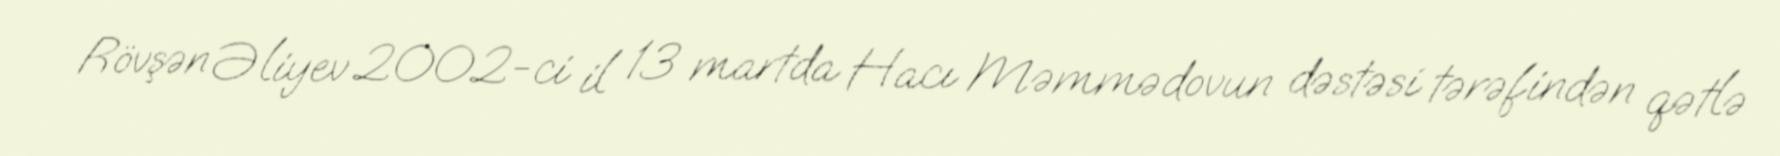
Rövşən Əliyev 2002-ci il 13 martda Hacı Məmmədovun dəstəsi tərəfindən qətlə